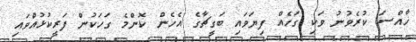
ޚާއްސަ ކުރެވުނު ވަކި ގަހެއް ފިޔަވައި ބަގީޗާގެ އެހެން ކޮންމެ ގަހަކުން ފަރީކުޅުއްވައި